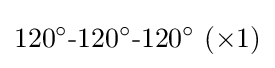
120^{\circ }{\text{-}}120^{\circ }{\text{-}}120^{\circ }~(\times 1)